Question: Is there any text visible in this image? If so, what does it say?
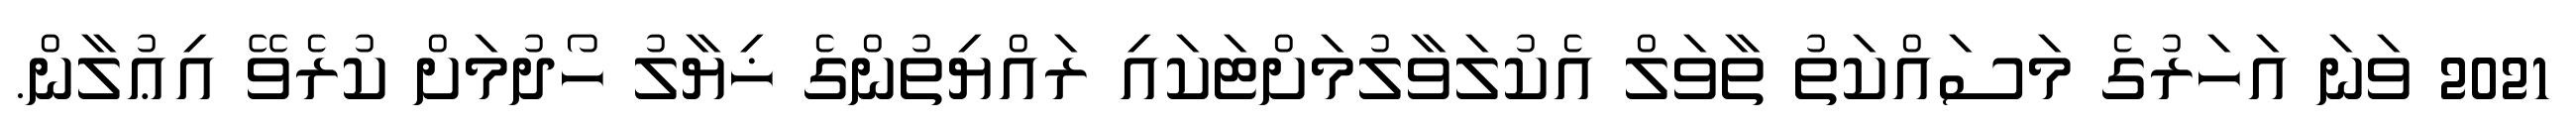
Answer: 2021 ވަނަ އަހަރުގެ މަސައްކަތު ތާވަލް އެކުލަވާލުމަށްޓަކައި ރައްޔިތުންގެ ޚިޔާލު ހޯދުމަށް ކުރެވޭ އިޢުލާން.